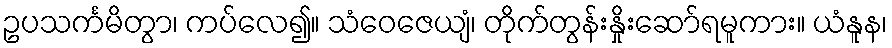
ဥပသင်္ကမိတွာ၊ ကပ်လေ၍။ သံဝေဇေယျံ၊ တိုက်တွန်းနှိုးဆော်ရမူကား။ ယံနူန၊